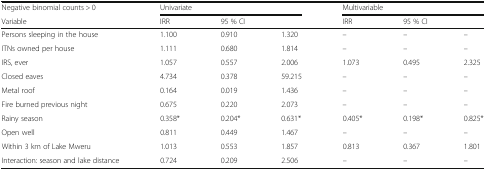
<table><thead><tr><td><b>Negative binomial counts &gt; 0</b></td><td colspan="3"><b>Univariate</b></td><td colspan="3"><b>Multivariable</b></td></tr><tr><td><b>Variable</b></td><td><b>IRR</b></td><td colspan="2"><b>95 % CI</b></td><td><b>IRR</b></td><td colspan="2"><b>95 % CI</b></td></tr></thead><tbody><tr><td>Persons sleeping in the house</td><td>1.100</td><td>0.910</td><td>1.320</td><td>–</td><td>–</td><td>–</td></tr><tr><td>ITNs owned per house</td><td>1.111</td><td>0.680</td><td>1.814</td><td>–</td><td>–</td><td>–</td></tr><tr><td>IRS, ever</td><td>1.057</td><td>0.557</td><td>2.006</td><td>1.073</td><td>0.495</td><td>2.325</td></tr><tr><td>Closed eaves</td><td>4.734</td><td>0.378</td><td>59.215</td><td>–</td><td>–</td><td>–</td></tr><tr><td>Metal roof</td><td>0.164</td><td>0.019</td><td>1.436</td><td>–</td><td>–</td><td>–</td></tr><tr><td>Fire burned previous night</td><td>0.675</td><td>0.220</td><td>2.073</td><td>–</td><td>–</td><td>–</td></tr><tr><td>Rainy season</td><td>0.358*</td><td>0.204*</td><td>0.631*</td><td>0.405*</td><td>0.198*</td><td>0.825*</td></tr><tr><td>Open well</td><td>0.811</td><td>0.449</td><td>1.467</td><td>–</td><td>–</td><td>–</td></tr><tr><td>Within 3 km of Lake Mweru</td><td>1.013</td><td>0.553</td><td>1.857</td><td>0.813</td><td>0.367</td><td>1.801</td></tr><tr><td>Interaction: season and lake distance</td><td>0.724</td><td>0.209</td><td>2.506</td><td>–</td><td>–</td><td>–</td></tr></tbody></table>